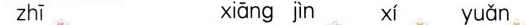
zhī xiāng jìn xí yuǎn